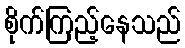
စိုက်ကြည့်နေသည်